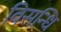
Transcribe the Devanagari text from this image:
विसन्धि